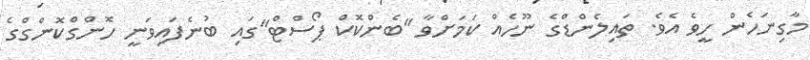
މާގިނަހެން ހީވެ އެވެ. ތައިލެންޑްގެ ނޫހެއް ކަމަށްވާ "ބެންކޮކް ޕޯސްޓް"ގައި ބުނެފައިވަނީ ހޮންގްކޮންގްގެ